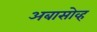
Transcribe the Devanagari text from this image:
अबासोव्ह